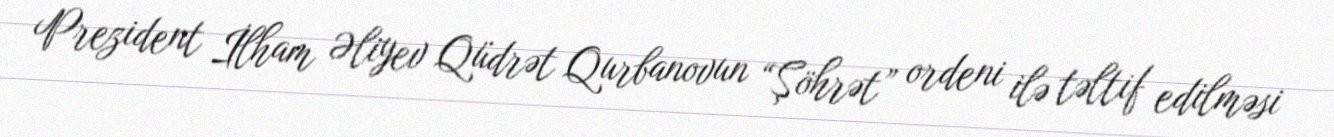
Prezident İlham Əliyev Qüdrət Qurbanovun “Şöhrət” ordeni ilə təltif edilməsi